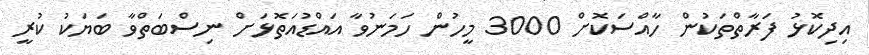
އިދިކޮޅު ފަރާތްތަކުން ހާއްސަކޮށް 3000 މީހުން ހަމަނުވާ އައްޑުއަތޮޅަށް ނިސްބަތްވާ ބަޔަކު ކުރީ